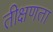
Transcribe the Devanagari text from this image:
तीक्षणता